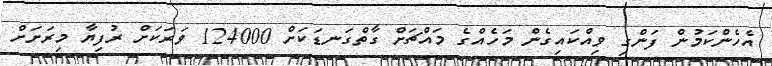
އެހެންކަމުން ފަންގި ވިއްކައިގެން މަހެއްގެ މައްޗަށް ގާތްގަނޑަކަށް 124000 ވަރަކަށް ރުފިޔާ މިރަށަށް